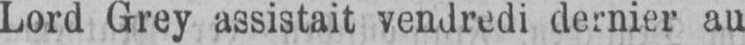
Lord Grey assistait vendredi dernier au